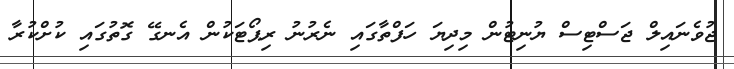
ޖުވެނައިލް ޖަސްޓިސް ޔުނިޓުން މިދިޔަ ހަފްތާގައި ނެރުނު ރިޕޯޓަކުން އެނގޭ ގޮތުގައި ކުށްކުރާ